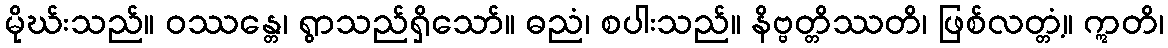
မိုဃ်းသည်။ ဝဿန္တေ၊ ရွာသည်ရှိသော်။ ဓညံ၊ စပါးသည်။ နိဗ္ဗတ္တိဿတိ၊ ဖြစ်လတ္တံ့။ ဣတိ၊